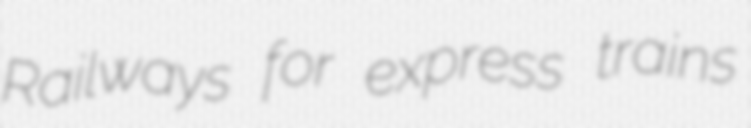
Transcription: Railways for express trains